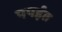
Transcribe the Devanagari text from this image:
पपईत